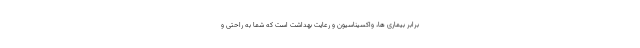
برابر بیماری ها، واکسیناسیون و رعایت بهداشت است که شما به راحتی و